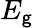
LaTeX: E_{\mathsf{g}}